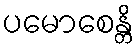
ပမောစေန္တိ